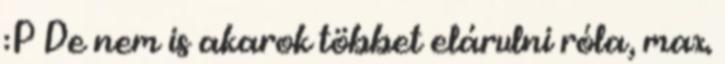
:P De nem is akarok többet elárulni róla, max.